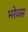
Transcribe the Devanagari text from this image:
भरेवस